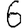
Digit: 6